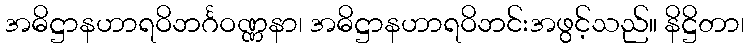
အဓိဋ္ဌာနဟာရဝိဘင်္ဂဝဏ္ဏနာ၊ အဓိဋ္ဌာနဟာရဝိဘင်းအဖွင့်သည်။ နိဋ္ဌိတာ၊